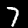
Digit: 7